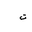
Letter: _ta